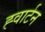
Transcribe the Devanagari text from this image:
ह्वार्टन